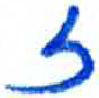
אות: ז